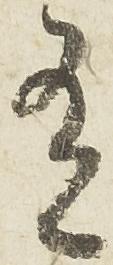
有